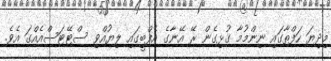
މިދިޔަ ހަފްތާގައި ނިންމުމާ ގުޅިގެން ރޭ އޭނާގެ އެފްބީގައި ލިޔުއްވި ސްޓޭޓަސްއެއްގަ އެވެ.